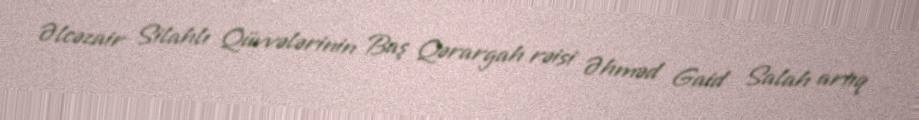
Əlcəzair Silahlı Qüvvələrinin Baş Qərargah rəisi Əhməd Gaid Salah artıq